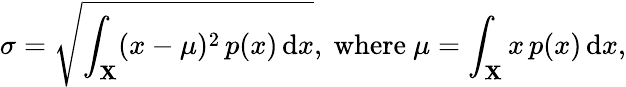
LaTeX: \sigma={\sqrt{\int_{\mathbf{X}}(x-\mu)^{2}\, p(x)\, \mathrm{{d}}x}},{\mathrm{~where~}}\mu=\int_{\mathbf{X}}x\, p(x)\, \mathrm{{d}}x,